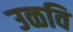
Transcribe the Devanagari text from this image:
उळवि